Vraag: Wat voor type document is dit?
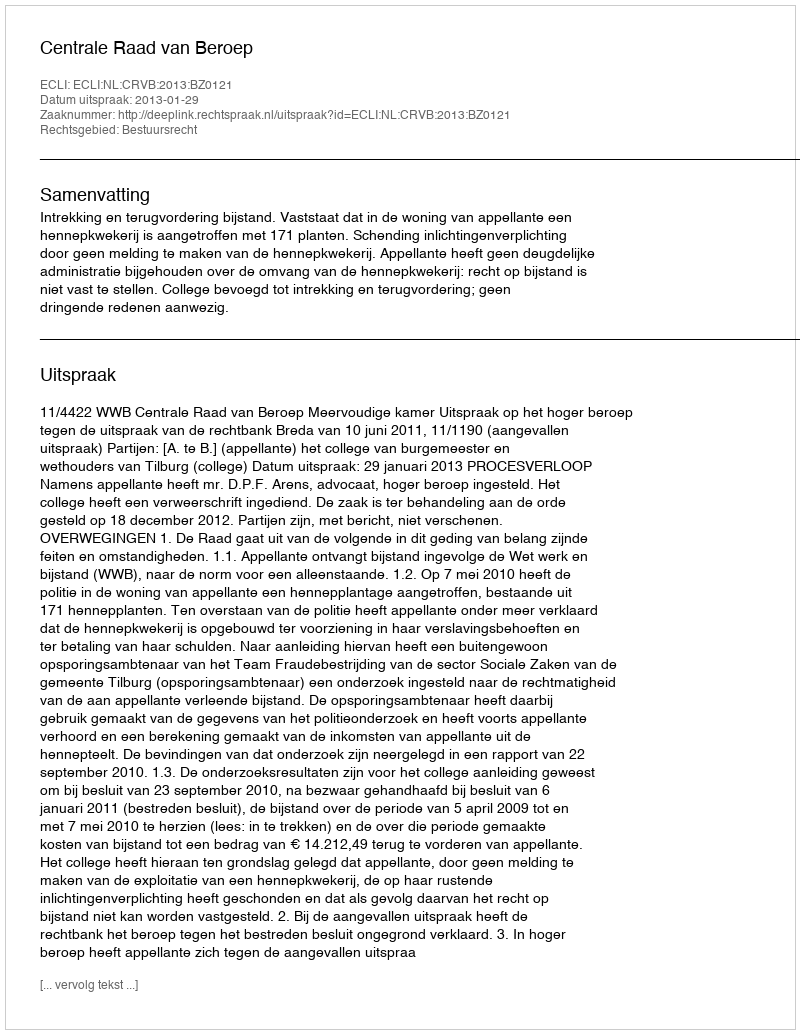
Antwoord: Uitspraak